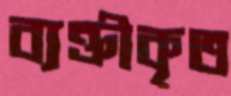
ব্যক্তীকৃত